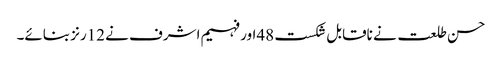
حسن طلعت نے ناقابل شکست 48اور فہیم اشرف نے 12رنز بنائے۔